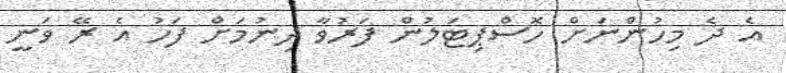
އެ ދެ މިހުންނަށް ހޮސްޕިޓަލުން ފަރުވާ ދިނުމަށް ފަހު އެ ރޭ ވަނީ